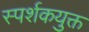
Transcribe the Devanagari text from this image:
स्पर्शकयुक्त